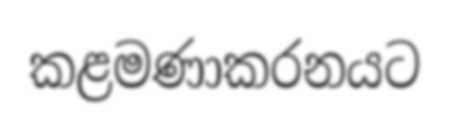
කළමණාකරනයට